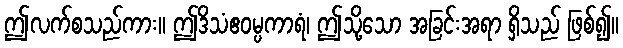
ဤလက်စသည်ကား။ ဤဒိသံဧဝမ္ပကာရံ၊ ဤသို့သော အခြင်းအရာ ရှိသည် ဖြစ်၍။